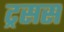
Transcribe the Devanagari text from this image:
ट्रसस